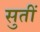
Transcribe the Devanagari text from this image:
सुतीं